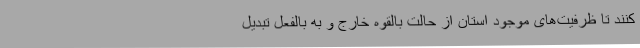
کنند تا ظرفیت‌های موجود استان از حالت بالقوه خارج و به بالفعل تبدیل